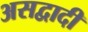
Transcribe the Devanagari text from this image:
असद्वादी